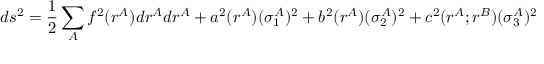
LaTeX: d s ^ { 2 } = \frac { 1 } { 2 } \sum _ { A } f ^ { 2 } ( r ^ { A } ) d r ^ { A } d r ^ { A } + a ^ { 2 } ( r ^ { A } ) ( \sigma _ { 1 } ^ { A } ) ^ { 2 } + b ^ { 2 } ( r ^ { A } ) ( \sigma _ { 2 } ^ { A } ) ^ { 2 } + c ^ { 2 } ( r ^ { A } ; r ^ { B } ) ( \sigma _ { 3 } ^ { A } ) ^ { 2 }